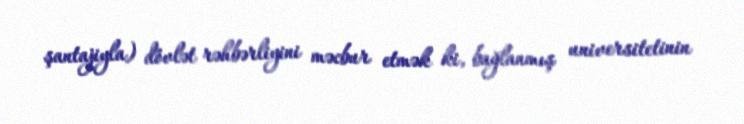
şantajiyla) dövlət rəhbərliyini məcbur etmək ki, bağlanmış universitetinin